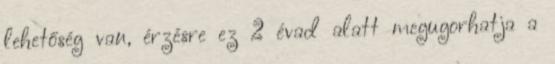
lehetőség van, érzésre ez 2 évad alatt megugorhatja a